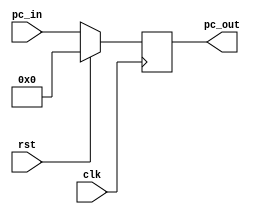
module program_counter (pc_in , pc_out , clk , rst);
    parameter AWIDTH = 32;
    input clk , rst;
    input [AWIDTH-1:0]pc_in;
    output reg [AWIDTH-1:0]pc_out;

always @ ( posedge clk ) 
begin
    if (rst)
            pc_out <= 'b0;
    else
            pc_out <= pc_in;
end
endmodule